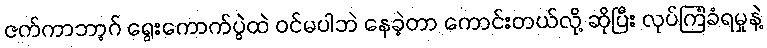
ဇက်ကာဘာ့ဂ် ရွေးကောက်ပွဲထဲ ဝင်မပါဘဲ နေခဲ့တာ ကောင်းတယ်လို့ ဆိုပြီး လုပ်ကြံခံရမှုနဲ့